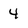
Character: 4